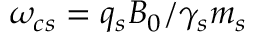
\omega _ { c s } = q _ { s } B _ { 0 } / \gamma _ { s } m _ { s }